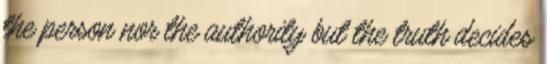
the person nor the authority but the truth decides